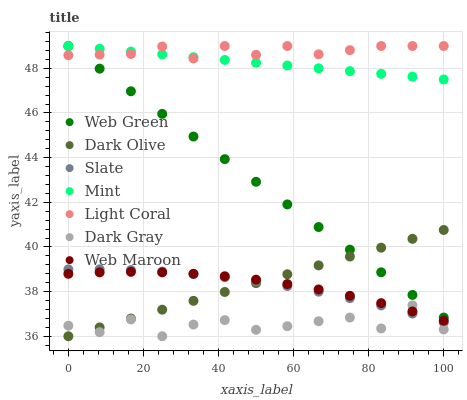
| xaxis_label | Web Green | Dark Olive | Slate | Mint | Light Coral | Dark Gray | Web Maroon |
 | --- | --- | --- | --- | --- | --- | --- | --- |
 | 0 | 49 | 36 | 39 | 49 | 48.6 | 36.5 | 38.8 |
 | 8.33 | 48 | 36.4 | 39 | 48.9 | 48.6 | 36.2 | 38.9 |
 | 16.7 | 47 | 36.8 | 39 | 48.8 | 48.6 | 36.8 | 38.9 |
 | 25 | 46 | 37.2 | 38.9 | 48.6 | 49 | 36 | 38.9 |
 | 33.3 | 44.9 | 37.6 | 38.8 | 48.5 | 48.4 | 36.5 | 38.8 |
 | 41.7 | 43.9 | 38 | 38.6 | 48.4 | 49 | 36.7 | 38.7 |
 | 50 | 42.9 | 38.4 | 38.5 | 48.3 | 48.6 | 36.3 | 38.5 |
 | 58.3 | 41.9 | 38.8 | 38.2 | 48.1 | 49 | 36.4 | 38.3 |
 | 66.7 | 40.9 | 39.2 | 38 | 48 | 48.6 | 36.7 | 38.1 |
 | 75 | 39.9 | 39.6 | 37.7 | 47.9 | 48.8 | 36.8 | 37.8 |
 | 83.3 | 38.9 | 40 | 37.4 | 47.8 | 49 | 36.3 | 37.5 |
 | 91.7 | 37.9 | 40.4 | 37 | 47.6 | 49 | 37.4 | 37.1 |
 | 100 | 36.8 | 40.8 | 36.6 | 47.5 | 49 | 36.3 | 36.7 |